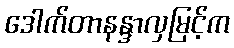
ဒေါက်တာနန္ဒာလှမြင့်က